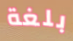
بلغة